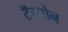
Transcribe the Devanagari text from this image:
टॅम्पोन